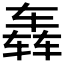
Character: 𮷛